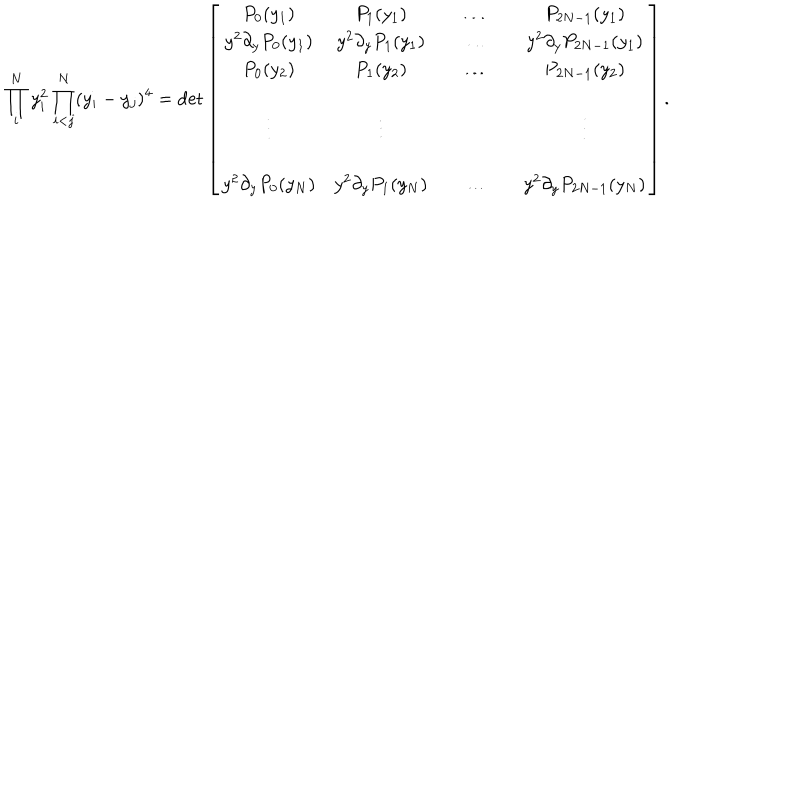
LaTeX: \prod _ { i } ^ { N } y _ { i } ^ { 2 } \prod _ { i < j } ^ { N } ( y _ { i } - y _ { j } ) ^ { 4 } = \det \left[ \begin{array} { c c c c c c } { { P _ { 0 } ( y _ { 1 } ) } } & { { P _ { 1 } ( y _ { 1 } ) } } & { { } } & { { \ldots } } & { { } } & { { P _ { 2 N - 1 } ( y _ { 1 } ) } } \\ { { y ^ { 2 } \partial _ { y } P _ { 0 } ( y _ { 1 } ) } } & { { y ^ { 2 } \partial _ { y } P _ { 1 } ( y _ { 1 } ) } } & { { } } & { { \ldots } } & { { } } & { { y ^ { 2 } \partial _ { y } P _ { 2 N - 1 } ( y _ { 1 } ) } } \\ { { P _ { 0 } ( y _ { 2 } ) } } & { { P _ { 1 } ( y _ { 2 } ) } } & { { } } & { { \ldots } } & { { } } & { { P _ { 2 N - 1 } ( y _ { 2 } ) } } \\ { { } } & { { } } & { { } } & { { } } & { { } } & { { } } \\ { { \vdots } } & { { \vdots } } & { { } } & { { } } & { { } } & { { \vdots } } \\ { { } } & { { } } & { { } } & { { } } & { { } } & { { } } \\ { { y ^ { 2 } \partial _ { y } P _ { 0 } ( y _ { N } ) } } & { { y ^ { 2 } \partial _ { y } P _ { 1 } ( y _ { N } ) } } & { { } } & { { \ldots } } & { { } } & { { y ^ { 2 } \partial _ { y } P _ { 2 N - 1 } ( y _ { N } ) } } \\ \end{array} \right] .